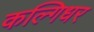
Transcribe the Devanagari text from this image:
कल्गिधर